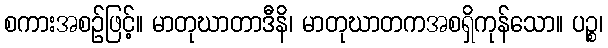
စကားအစဉ်ဖြင့်။ မာတုဃာတာဒီနိ၊ မာတုဃာတကအစရှိကုန်သော။ ပဉ္စ၊